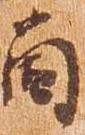
箇